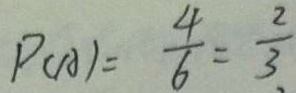
P ( A ) = \frac { 4 } { 6 } = \frac { 2 } { 3 }